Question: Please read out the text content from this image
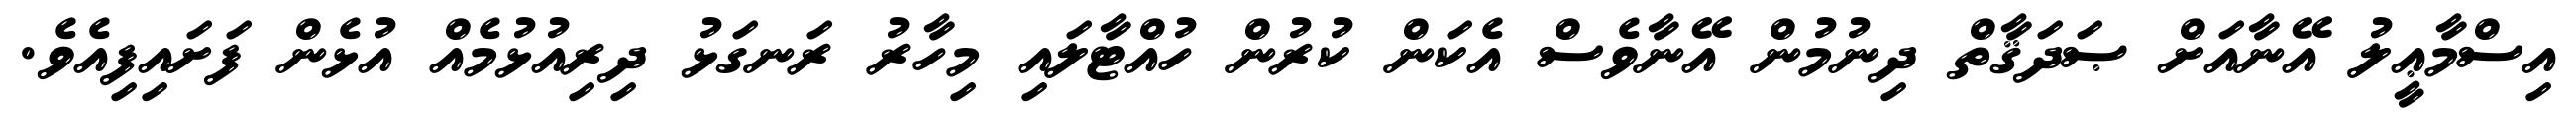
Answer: އިސްމާޢީލު އޭނާއަށް ޞަދަޤާތް ދިނުމުން އޭނާވެސް އެކަން ކުރުން ހުއްޓާލައި މިހާރު ރަނގަޅު ދިރިއުޅުމެއް އުޅެން ފަށައިފިއެވެ.